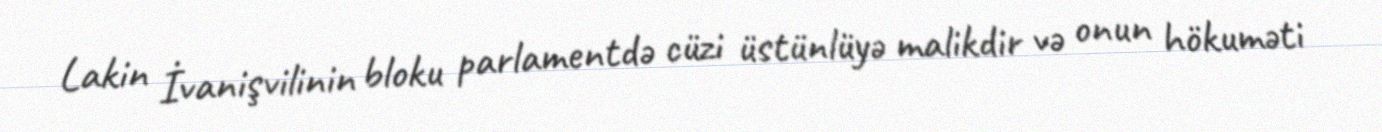
Lakin İvanişvilinin bloku parlamentdə cüzi üstünlüyə malikdir və onun hökuməti